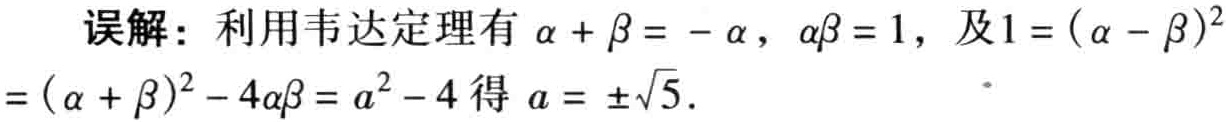
误解：利用韦达定理有 \(\alpha + \beta = -a\)，\(\alpha\beta = 1\)，及 \(1 = (\alpha - \beta)^2 = (\alpha + \beta)^2 - 4\alpha\beta = a^{2}-4\) 得 \(a = \pm\sqrt{5}\).